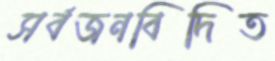
সর্বজনবিদিত